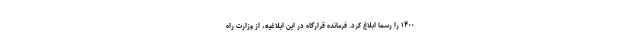
۱۴۰۰ را رسما ابلاغ کرد. فرمانده قرارگاه در این ابلاغیه، از وزارت راه